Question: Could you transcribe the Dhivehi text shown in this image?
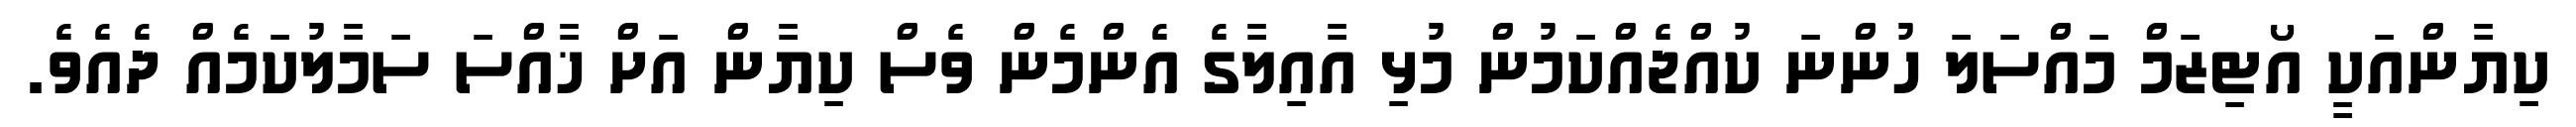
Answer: ކިޔާންއަކީ އޯޓިޒަމް މައްސަލަ ހުންނަ ކުއްޖެއްކަމުން މުޅި އާއިލާގެ އެންމެން ވެސް ކިޔާން އަށް ޚާއްސަ ސަމާލުކަމެއް ދެއެވެ.